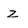
Character: z